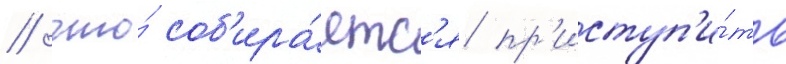
/ что́ соб'ира́етс'я пр'иступ'и́ть